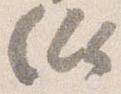
似